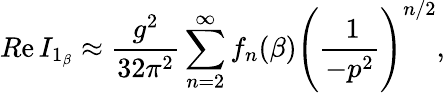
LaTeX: R\mathrm{e}\, I_{1_{\beta}}\approx\frac{{g^{2}}}{{32\pi^{2}}}\sum_{n=2}^{\infty}f_{n}(\beta)\Bigg(\frac{{\: 1}}{{-p^{2}}}\Bigg)^{n/2},